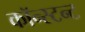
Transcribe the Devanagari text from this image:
कॉन्स्टन्ट